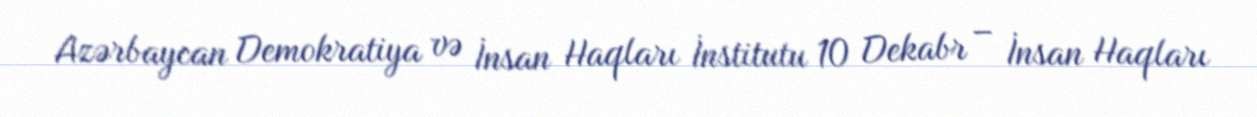
Azərbaycan Demokratiya və İnsan Haqları İnstitutu 10 Dekabr – İnsan Haqları